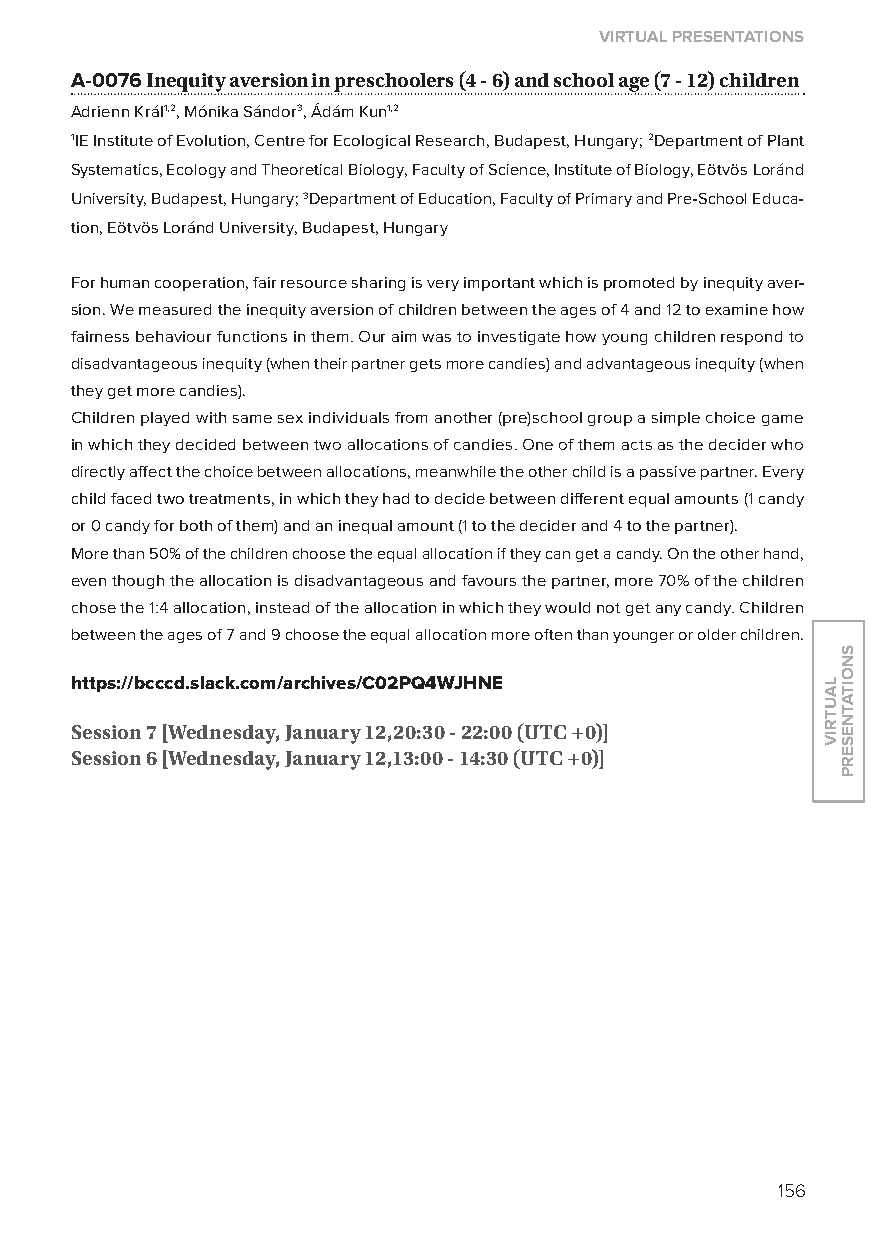
virtual presentations
 A-0076 inequity aversion in preschoolers (4 - 6) and school age (7 - 12) children
 Adrienn Král1,2, Mónika Sándor3, Ádám Kun1,2
 1IE Institute of Evolution, Centre for Ecological Research, Budapest, Hungary; 2Department of Plant
 Systematics, Ecology and Theoretical Biology, Faculty of Science, Institute of Biology, Eötvös loránd
 University, Budapest, Hungary; 3Department of Education, Faculty of Primary and Pre-School Educa-
 tion, Eötvös loránd University, Budapest, Hungary
 For human cooperation, fair resource sharing is very important which is promoted by inequity aver-
 sion. We measured the inequity aversion of children between the ages of 4 and 12 to examine how
 fairness behaviour functions in them. our aim was to investigate how young children respond to
 disadvantageous inequity (when their partner gets more candies) and advantageous inequity (when
 they get more candies).
 Children played with same sex individuals from another (pre)school group a simple choice game
 in which they decided between two allocations of candies. one of them acts as the decider who
 directly affect the choice between allocations, meanwhile the other child is a passive partner. Every
 child faced two treatments, in which they had to decide between different equal amounts (1 candy
 or 0 candy for both of them) and an inequal amount (1 to the decider and 4 to the partner).
 More than 50% of the children choose the equal allocation if they can get a candy. on the other hand,
 even though the allocation is disadvantageous and favours the partner, more 70% of the children
 chose the 1:4 allocation, instead of the allocation in which they would not get any candy. Children
 between the ages of 7 and 9 choose the equal allocation more often than younger or older children.
 https://bcccd.slack.com/archives/C02pQ4WJhne
 session 7 [Wednesday, January 12,20:30 - 22:00 (utC +0)]
 session 6 [Wednesday, January 12,13:00 - 14:30 (utC +0)]
 156
 lautriv
 snoitatneserp